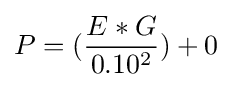
P=({\frac {E*G}{0.10^{2}}})+0